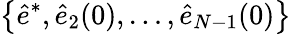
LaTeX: \big\{ \hat{e}^{*},\hat{e}_{2}(0),\dots,\hat{e}_{N-1}(0)\big\}